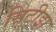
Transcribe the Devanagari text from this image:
सिटीझ